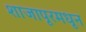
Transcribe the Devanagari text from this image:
शाजापूरमधून